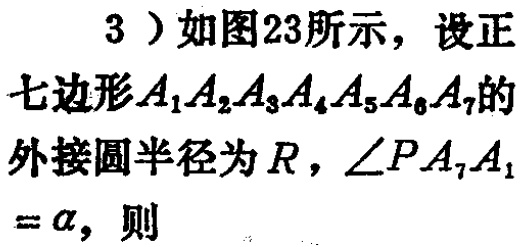
3）如图23所示，设正七边形\(A_{1}A_{2}A_{3}A_{4}A_{5}A_{6}A_{7}\)的外接圆半径为\(R\)，\(\angle PA_{7}A_{1}=\alpha\)，则